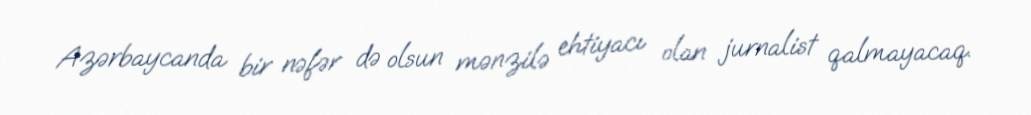
Azərbaycanda bir nəfər də olsun mənzilə ehtiyacı olan jurnalist qalmayacaq.